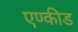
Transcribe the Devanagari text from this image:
एण्कीड